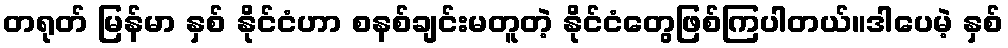
တရုတ် မြန်မာ နှစ် နိုင်ငံဟာ စနစ်ချင်းမတူတဲ့ နိုင်ငံတွေဖြစ်ကြပါတယ်။ဒါပေမဲ့ နှစ်